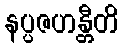
နပ္ပဇဟန္တီတိ